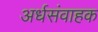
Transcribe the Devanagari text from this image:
अर्धसंवाहक